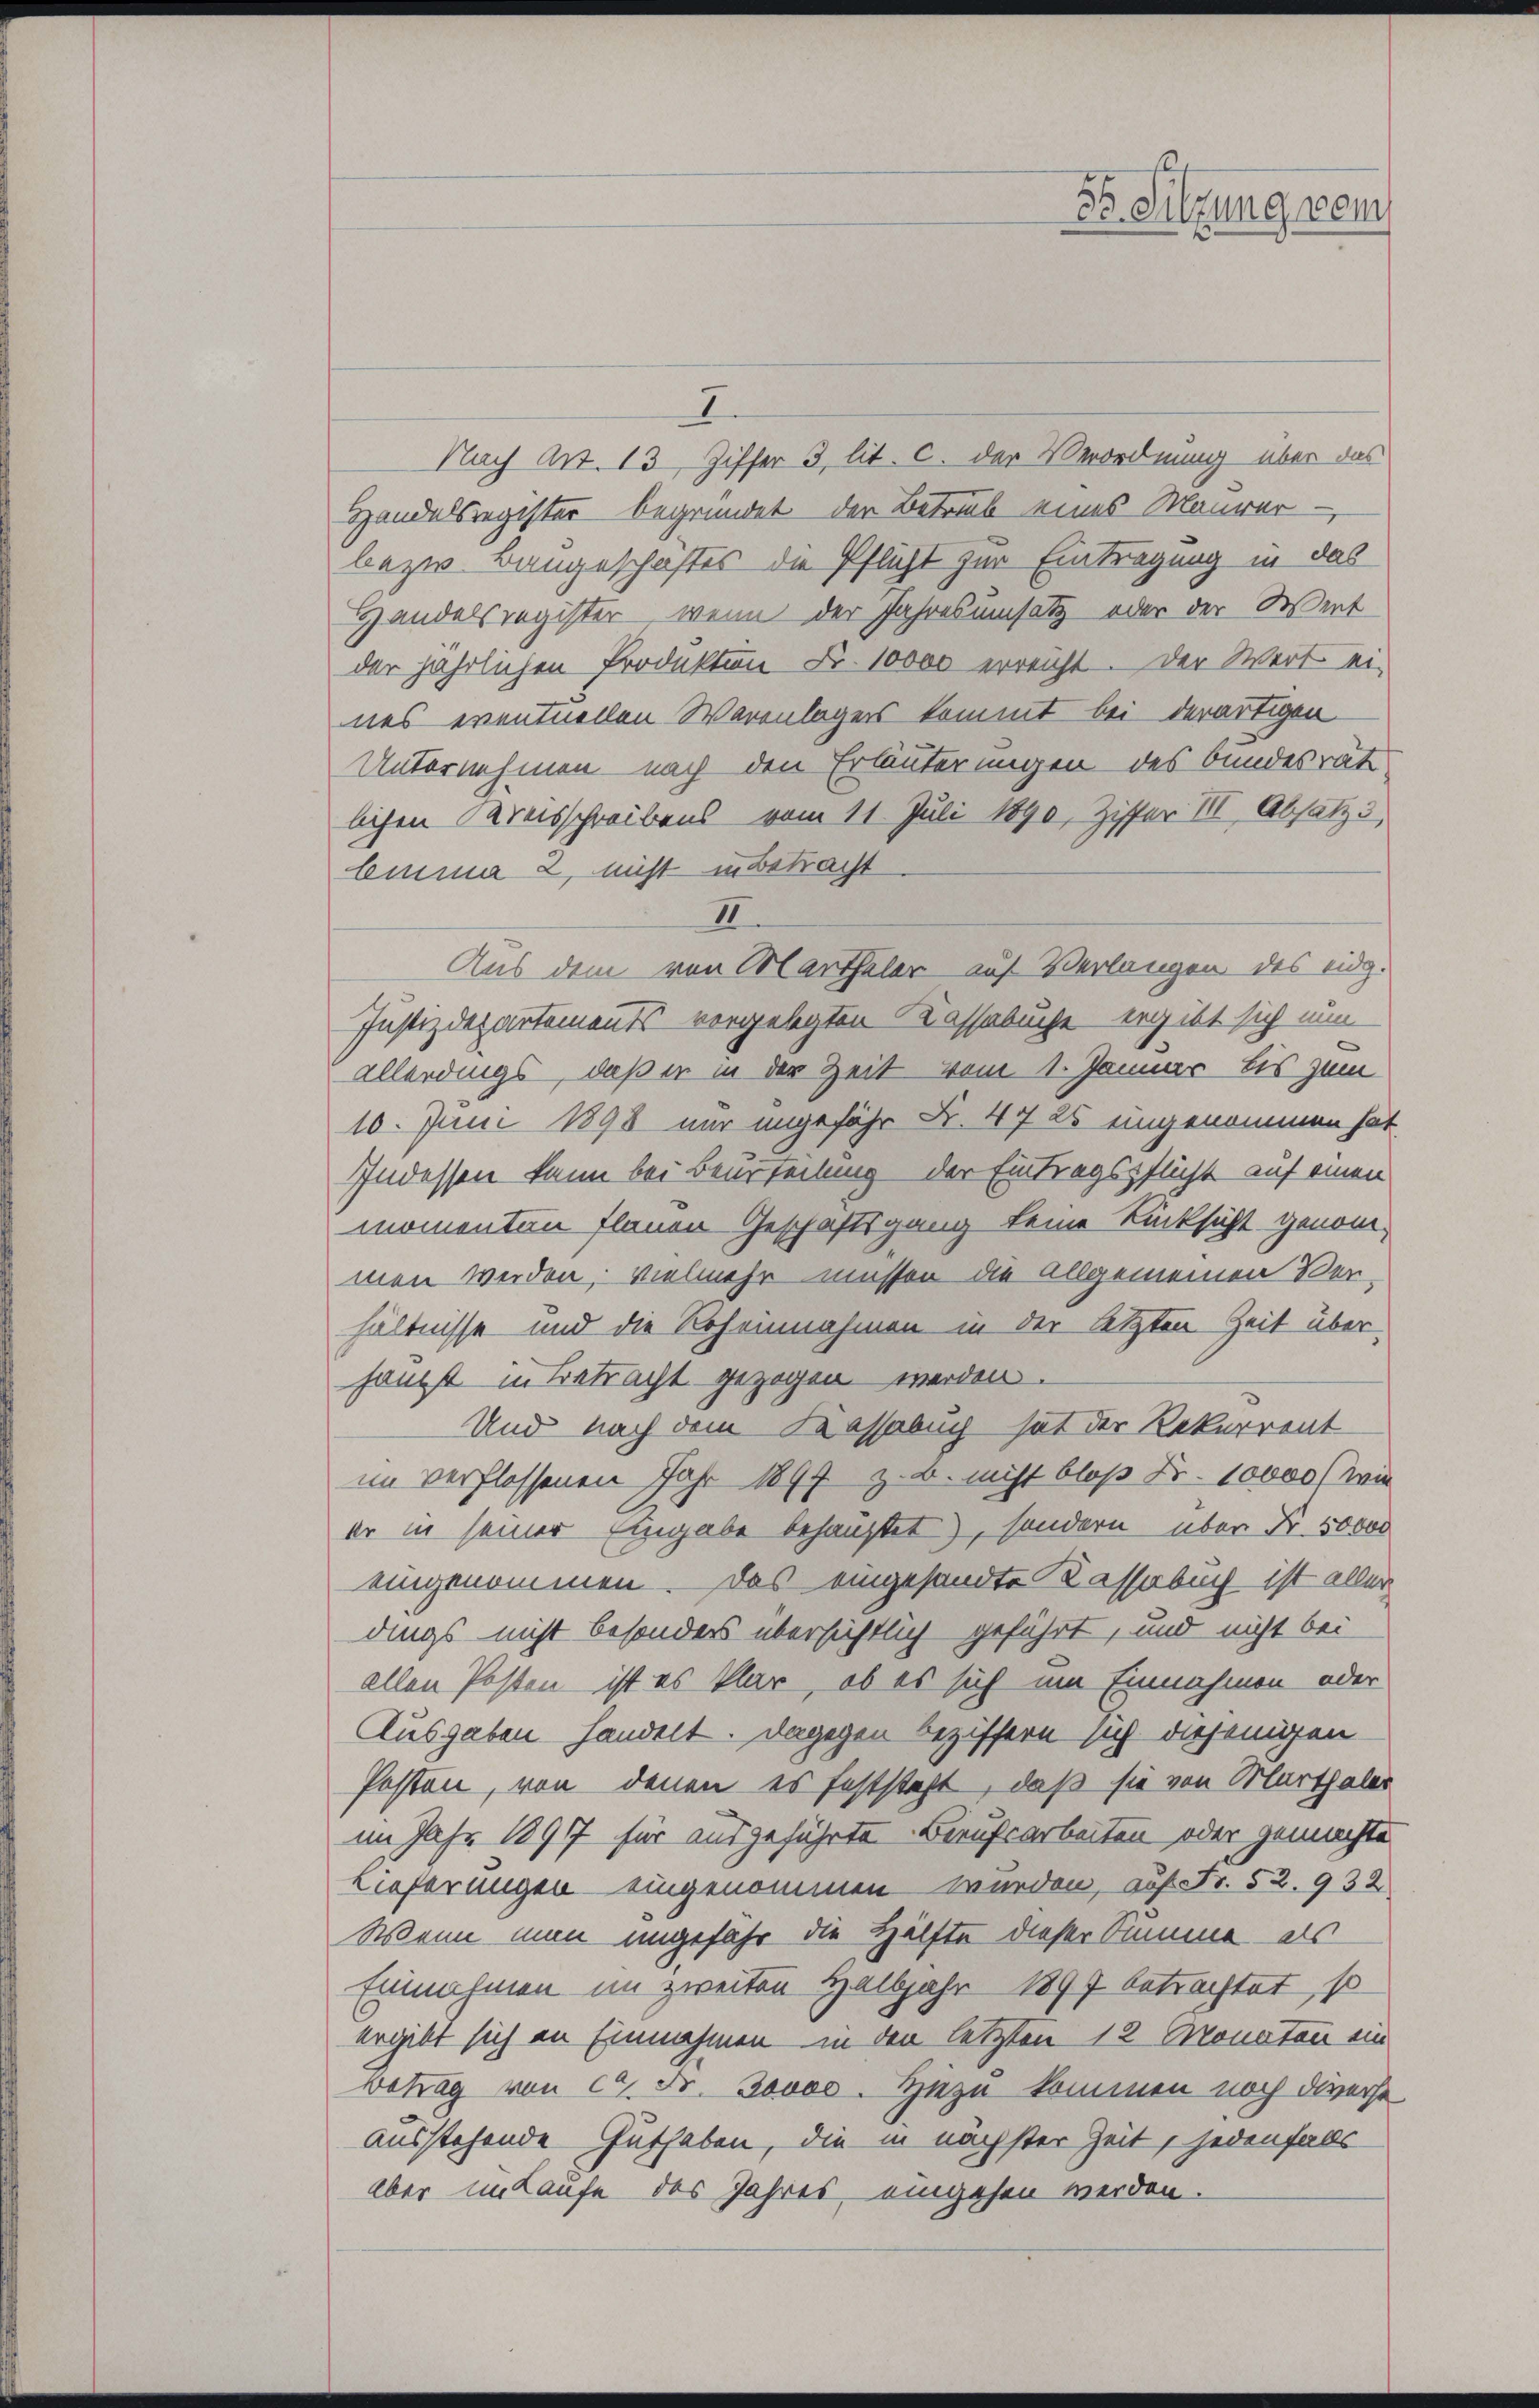
35. Sitzung vom

I
Nach Art. 13, Ziffer 3 lit. c. der Verordnung über das
Handelsregister begründet der Betrub eines Maurer-
bezw. Baugeschaftes die Pflicht zur Eintragung in das
Handelsregister, wenn der Jahresumsatz oder der Wert
der jährlichen Produktion Fr. 10000 erreicht. Der Wert ei-
nes eventuellen Warenlagers kommt bei derartigen
Unternehmen nach den Erläuterungen des bundesrät
lichen Kreisschreibens vom 11. Juli 1890, Ziffer III Absatz 3
Emma 2 nicht in Betracht
II
Aus dem von Marthaler auf Verlangen des eidg.
Justizdepartements vorgelegten Kassabuche ergibt sich nun
allerdings, daß er in der Zeit vom 1. Januar bis zum
10. Juni 1898 nur angefähr Fr. 47 25 eingenommen hat
Indessen kann bei Beurteilung der Eintragspflicht auf einen
momenten flauen Geschäftsgang keine Rücksicht genommen werden; vielmehr müssen die allgemeinen Verhältnisse und die Roheinnahmen in der letzten Zeit überhaupt in Betracht gezogen werden.
Und nach dem Kassabuch hat der Rekurrent
im verflossenen Jahr 1897 z. B. nicht bloß Fr. 10000 (wie
er in seiner Eingabe behauptet), sondern über Nr. 50000
eingenommen. Das eingesandte Kassabuch ist aller
dings nicht besonders übersichtlich geführt, und nicht bei
allen Posten ist es klar, ob es sich um Einnahmen oder
Ausgaben handelt. Dagegen beziffern sich diejenigen
Posten, von denen es feststeht, daß sie von Marthaler
im Jahr 1897 für ausgeführte Berufsarbeiten oder gemachte
Lieferungen eingenommen wurden, auf Fr. 52. 932.
Wenn man ungefähr die Hälfte dieser Summe als
Einnahmen im zweiten Halbjahr 1897 betrachtet, so
ergibt sich an Einnahmen in den letzten 12 Monaten ein
Betrag von ca Fr. Jovos. Hiezu kommen noch diverse
ausstehende Guthaben, die in nächster Zeit, jedenfalls
Aber im Laufe des Jahres eingehen werden.